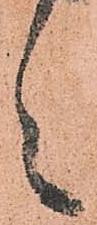
々